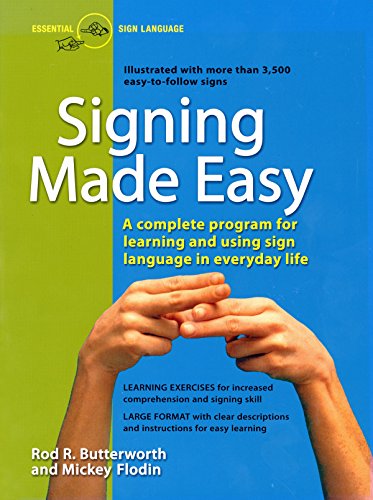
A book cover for Signing Made Easy (A Complete Program for Learning Sign Language.  Includes Sentence Drills and Exercises for Increased Comprehension and Signing Skill); Rod R. Butterworth; Reference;